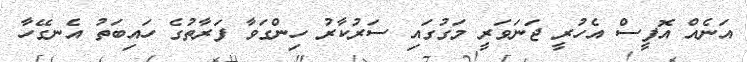
އަނެއް އޮފީސް އެހުރީ ޖަނަވަރީ މަގުގައި ސަރުކާރު ހިންގަވާ ފަރާތުގެ ހައިބަތު އެނގޭހާ